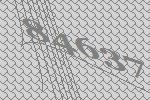
84637